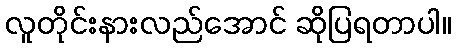
လူတိုင်းနားလည်အောင် ဆိုပြရတာပါ။